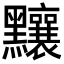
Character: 𪓃